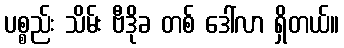
ပစ္စည်း သိမ်း ဗီဒိုခ တစ် ဒေါ်လာ ရှိတယ်။